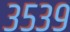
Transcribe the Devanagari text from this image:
३५३९